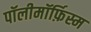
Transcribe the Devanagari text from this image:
पॉलीमॉर्फ़िस्म